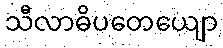
သီလာဓိပတေယျော